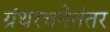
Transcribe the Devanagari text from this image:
ग्रंथरचनेनंतर